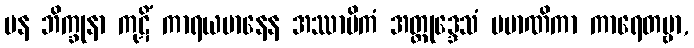
ပန ဘိက္ခုနာ ကုဋိံ ကာရယမာနေန အဿာမိကံ အတ္တုဒ္ဒေသံ ပမာဏိကာ ကာရေတဗ္ဗာ,